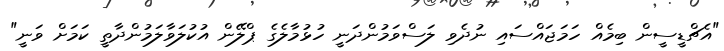
"އެޗްޑީސީން ބިމެއް ހަމަޖައްސައި ނުދެވި ލަސްވަމުންދަނީ ހުޅުމާލެގެ ޕްލޭން އުކުލަވާލަމުންދާތީ ކަމަށް ވަނީ"